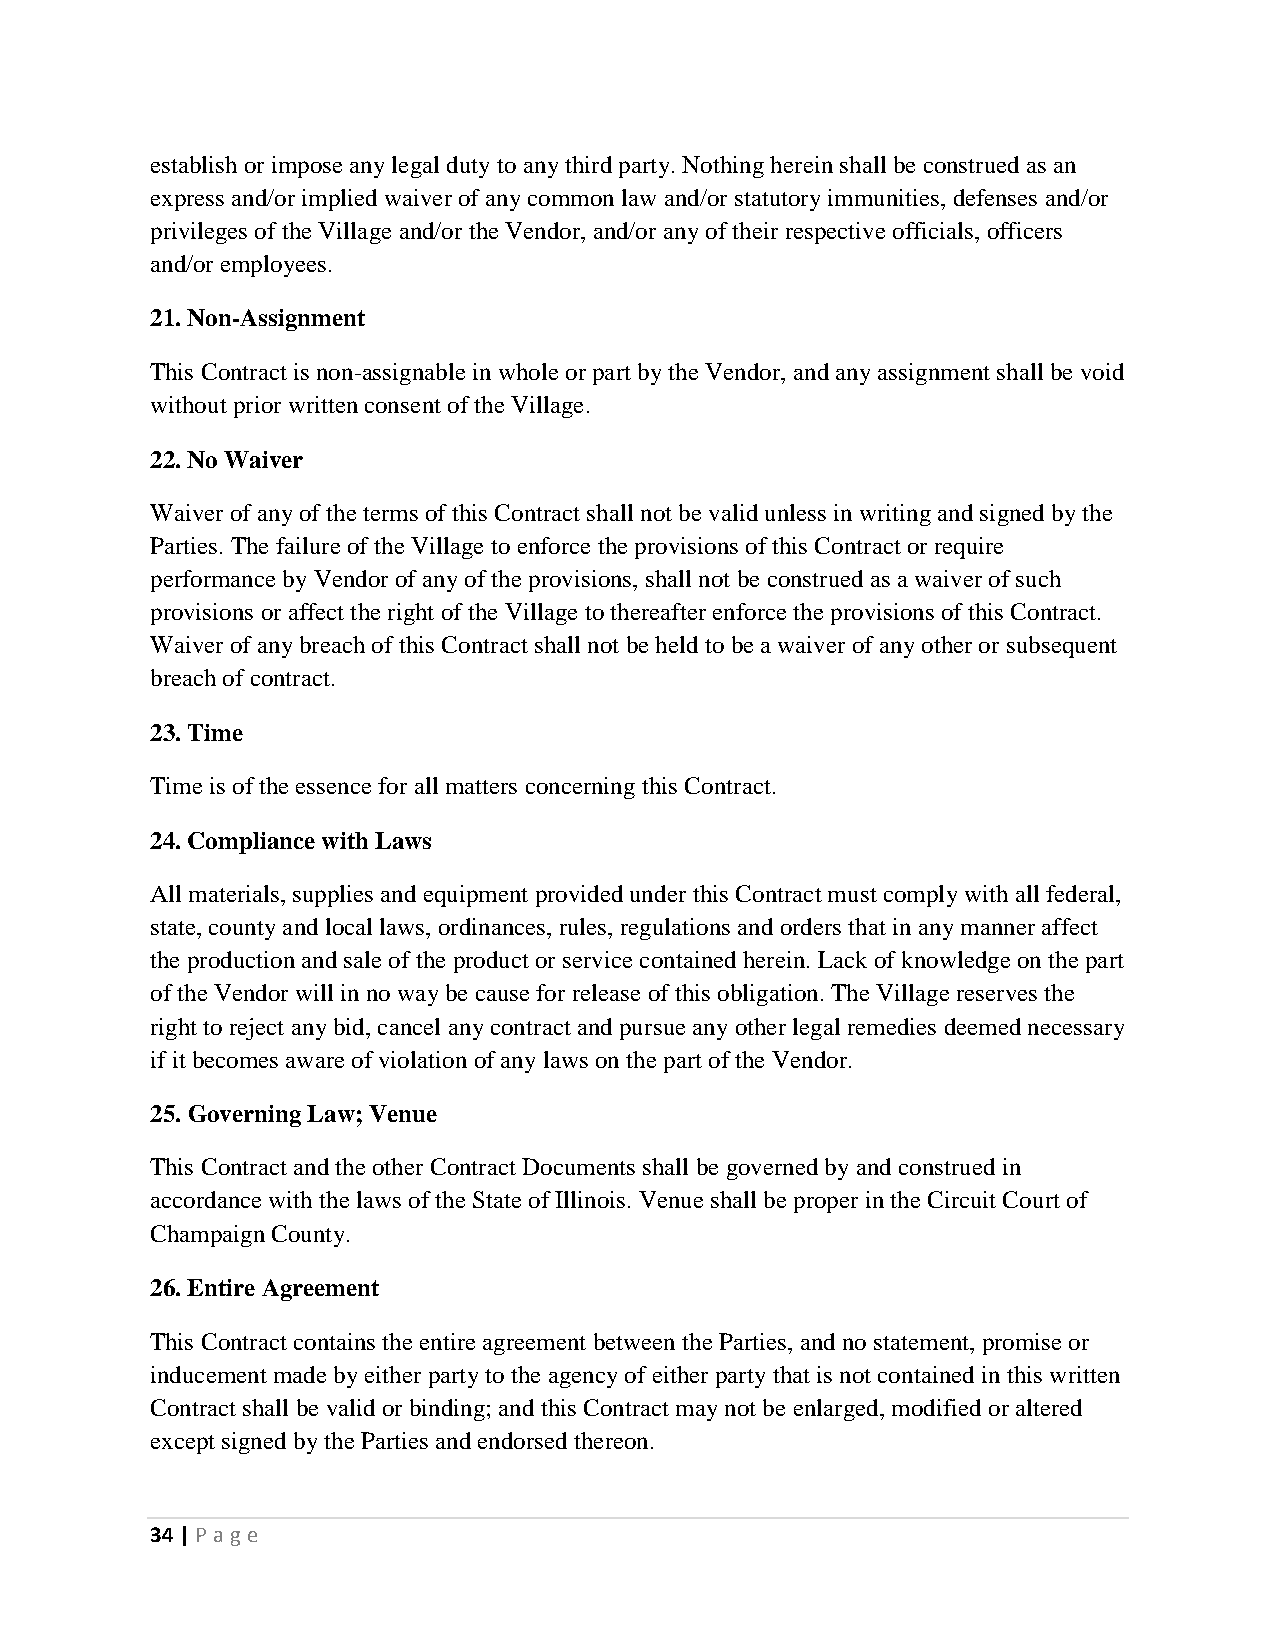
establish or impose any legal duty to any third party. Nothing herein shall be construed as an
 express and/or implied waiver of any common law and/or statutory immunities, defenses and/or
 privileges of the Village and/or the Vendor, and/or any of their respective officials, officers
 and/or employees.
 21. Non-Assignment
 This Contract is non-assignable in whole or part by the Vendor, and any assignment shall be void
 without prior written consent of the Village.
 22. No Waiver
 Waiver of any of the terms of this Contract shall not be valid unless in writing and signed by the
 Parties. The failure of the Village to enforce the provisions of this Contract or require
 performance by Vendor of any of the provisions, shall not be construed as a waiver of such
 provisions or affect the right of the Village to thereafter enforce the provisions of this Contract.
 Waiver of any breach of this Contract shall not be held to be a waiver of any other or subsequent
 breach of contract.
 23. Time
 Time is of the essence for all matters concerning this Contract.
 24. Compliance with Laws
 All materials, supplies and equipment provided under this Contract must comply with all federal,
 state, county and local laws, ordinances, rules, regulations and orders that in any manner affect
 the production and sale of the product or service contained herein. Lack of knowledge on the part
 of the Vendor will in no way be cause for release of this obligation. The Village reserves the
 right to reject any bid, cancel any contract and pursue any other legal remedies deemed necessary
 if it becomes aware of violation of any laws on the part of the Vendor.
 25. Governing Law; Venue
 This Contract and the other Contract Documents shall be governed by and construed in
 accordance with the laws of the State of Illinois. Venue shall be proper in the Circuit Court of
 Champaign County.
 26. Entire Agreement
 This Contract contains the entire agreement between the Parties, and no statement, promise or
 inducement made by either party to the agency of either party that is not contained in this written
 Contract shall be valid or binding; and this Contract may not be enlarged, modified or altered
 except signed by the Parties and endorsed thereon.
 34 | P age